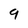
Character: 9